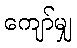
ကျော်မျှ